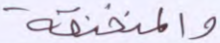
والمنخنقة